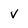
Character: v